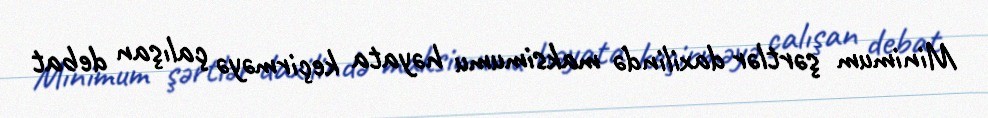
Minimum şərtlər daxilində maksimumu həyata keçirməyə çalışan debat